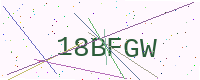
Text: 18BFGW